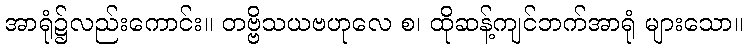
အာရုံ၌လည်းကောင်း။ တဗ္ဗိသယဗဟုလေ စ၊ ထိုဆန့်ကျင်ဘက်အာရုံ များသော။